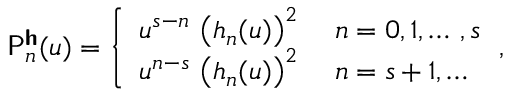
\mathsf { P } _ { n } ^ { \boldsymbol { \mathsf { h } } } ( u ) = \left\lbrace \begin{array} { l l } { u ^ { s - n } \, \left( h _ { n } ( u ) \right) ^ { 2 } \; } & { n = 0 , 1 , \dotsc \, , s } \\ { u ^ { n - s } \, \left( h _ { n } ( u ) \right) ^ { 2 } \; } & { n = s + 1 , \dotsc } \end{array} \, , \right.